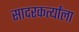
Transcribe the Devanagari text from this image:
सादरकर्त्यांला